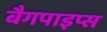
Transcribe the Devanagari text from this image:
बैगपाइप्स